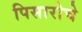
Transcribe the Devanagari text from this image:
पिसारोचे